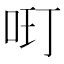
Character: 𱒘